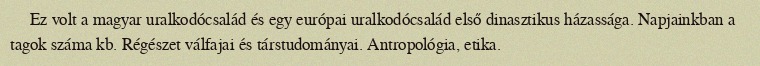
Ez volt a magyar uralkodócsalád és egy európai uralkodócsalád első dinasztikus házassága. Napjainkban a tagok száma kb. Régészet válfajai és társtudományai. Antropológia, etika.